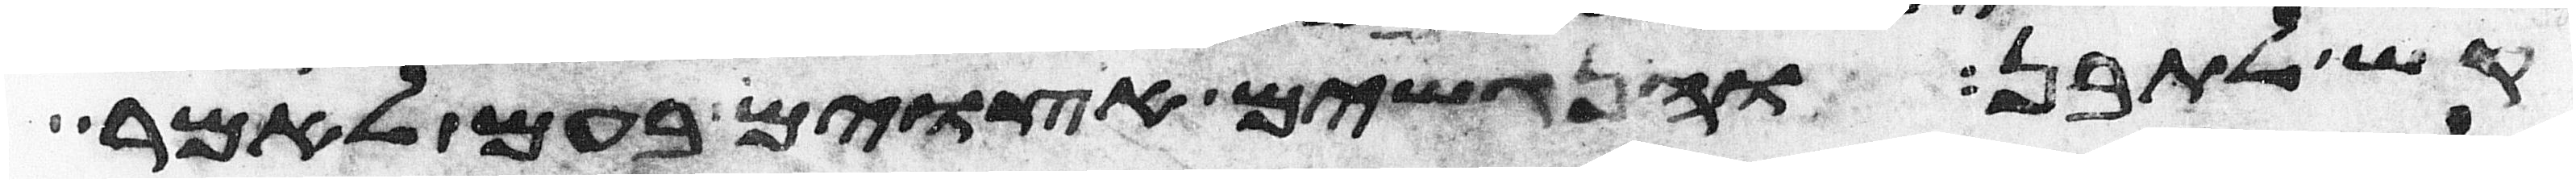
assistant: קש לתבן והנגשים אצוים בעם לאמר